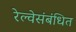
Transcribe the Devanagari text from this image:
रेल्वेसंबंधित